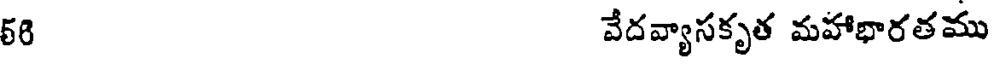
68 వేదవ్యాసకృత మహాభారతము